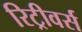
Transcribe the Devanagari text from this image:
रिट्रीवर्स